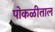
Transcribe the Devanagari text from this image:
पोकळीताल